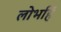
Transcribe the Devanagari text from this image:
लोभहिं